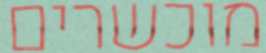
מוכשרים